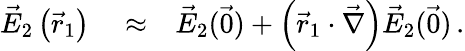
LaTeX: \begin{array}{rlr}{\vec{E}_{2}\left(\vec{r}_{1}\right)}&{{}\approx}&{\vec{E}_{2}(\vec{0})+\left(\vec{r}_{1}\cdot\vec{\nabla}\right)\vec{E}_{2}(\vec{0})\, .}\end{array}